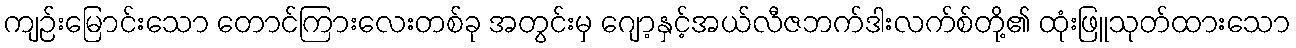
ကျဉ်းမြောင်းသော တောင်ကြားလေးတစ်ခု အတွင်းမှ ဂျော့နှင့်အယ်လီဇဘက်ဒါးလက်စ်တို့၏ ထုံးဖြူသုတ်ထားသော